Annual report of the Punjab Veterinary College and of the Civil Veterinary Department, Punjab - 1920-1925
Year: 1920
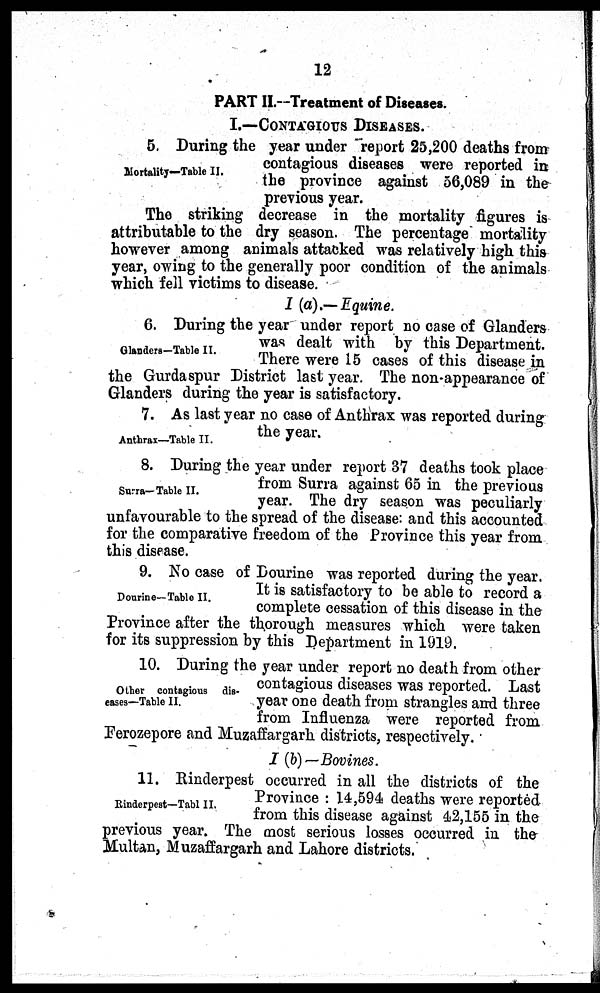
12
PART II.—Treatment of Diseases.
I.—CONTAGIOUS DISEASES.
Mortality—Table II.
5. During the year under report 25,200 deaths from
contagious diseases were reported in
the province against 56,089 in the
previous year.
The striking decrease in the mortality figures is
attributable to the dry season. The percentage mortality
however among animals attacked was relatively high this
year, owing to the generally poor condition of the animals
which fell victims to disease.
I (a).—Equine.
Glanders-Table II.
6. During the year under report no case of Glanders
was dealt with by this Department.
There were 15 cases of this disease in
the Gurdaspur District last year. The non appearance of
Glanders during the year is satisfactory.
Anthrax—Table II.
7. As last year no case of Anthrax was reported during
the year.
Surra—Table II.
8. During the year under report 37 deaths took place
from Surra against 65 in the previous
year. The dry season was peculiarly
unfavourable to the spread of the disease: and this accounted
for the comparative freedom of the Province this year from
this disease.
Dourine—Table II.
9. No case of Dourine was reported during the year.
It is satisfactory to be able to record a
complete cessation of this disease in the
Province after the thorough measures which were taken
for its suppression by this Department in 1919.
Other contagious dis-
eases—Table II.
10. During the year under report no death from other
contagious diseases was reported. Last
year one death from strangles and three
from Influenza were reported from
Ferozepore and Muzaffargarh districts, respectively.
I (b) —Bovines.
Rinderpest—Tabl II.
11. Rinderpest occurred in all the districts of the
Province: 14,594 deaths were reported
from this disease against 42,155 in the
previous year. The most serious losses occurred in the
Multan, Muzaffargarh and Lahore districts.